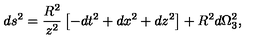
d s ^ { 2 } = \frac { R ^ { 2 } } { z ^ { 2 } } \left[ - d t ^ { 2 } + d x ^ { 2 } + d z ^ { 2 } \right] + R ^ { 2 } d \Omega _ { 3 } ^ { 2 } ,